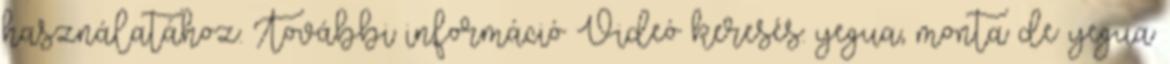
használatához. További információ Videó keresés: yegua, monta de yegua